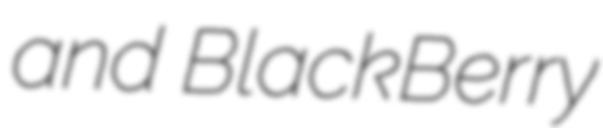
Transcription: and BlackBerry